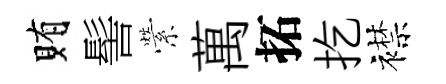
賄髻縈萬拓扢襟